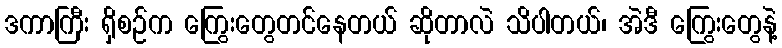
ဒကာကြီး ရှိစဉ်က ကြွေးတွေတင်နေတယ် ဆိုတာလဲ သိပါတယ်၊ အဲဒီ ကြွေးတွေနဲ့